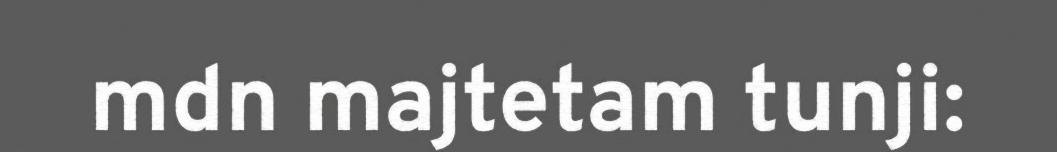
mdn majtetam tunji: